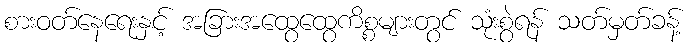
စားဝတ်နေရေးနှင့် အခြားအထွေထွေကိစ္စများတွင် သုံးစွဲရန် သတ်မှတ်ခန့်